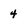
Character: 4